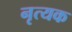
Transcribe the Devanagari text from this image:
नृत्यक